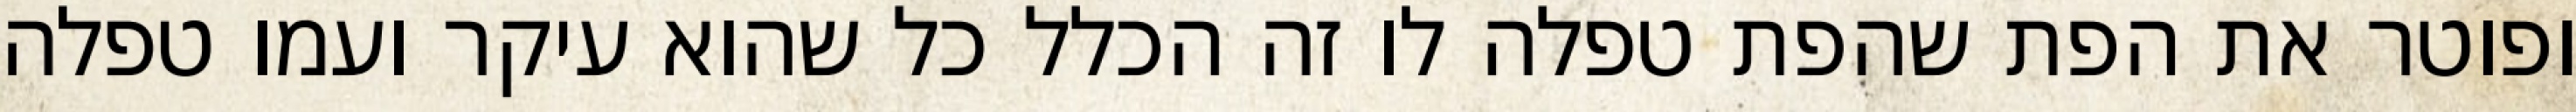
ופוטר את הפת שהפת טפלה לו זה הכלל כל שהוא עיקר ועמו טפלה